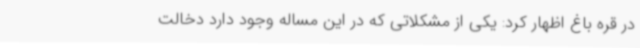
در قره باغ اظهار کرد: یکی از مشکلاتی که در این مساله وجود دارد دخالت